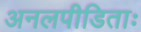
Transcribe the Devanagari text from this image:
अनलपीडिताः